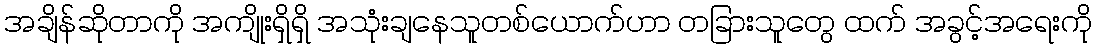
အချိန်ဆိုတာကို အကျိုးရှိရှိ အသုံးချနေသူတစ်ယောက်ဟာ တခြားသူတွေ ထက် အခွင့်အရေးကို